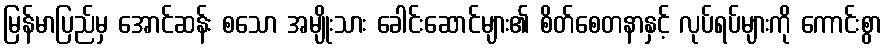
မြန်မာပြည်မှ အောင်ဆန်း စသော အမျိုးသား ခေါင်းဆောင်များ၏ စိတ်စေတနာနှင့် လုပ်ရပ်များကို ကောင်းစွာ